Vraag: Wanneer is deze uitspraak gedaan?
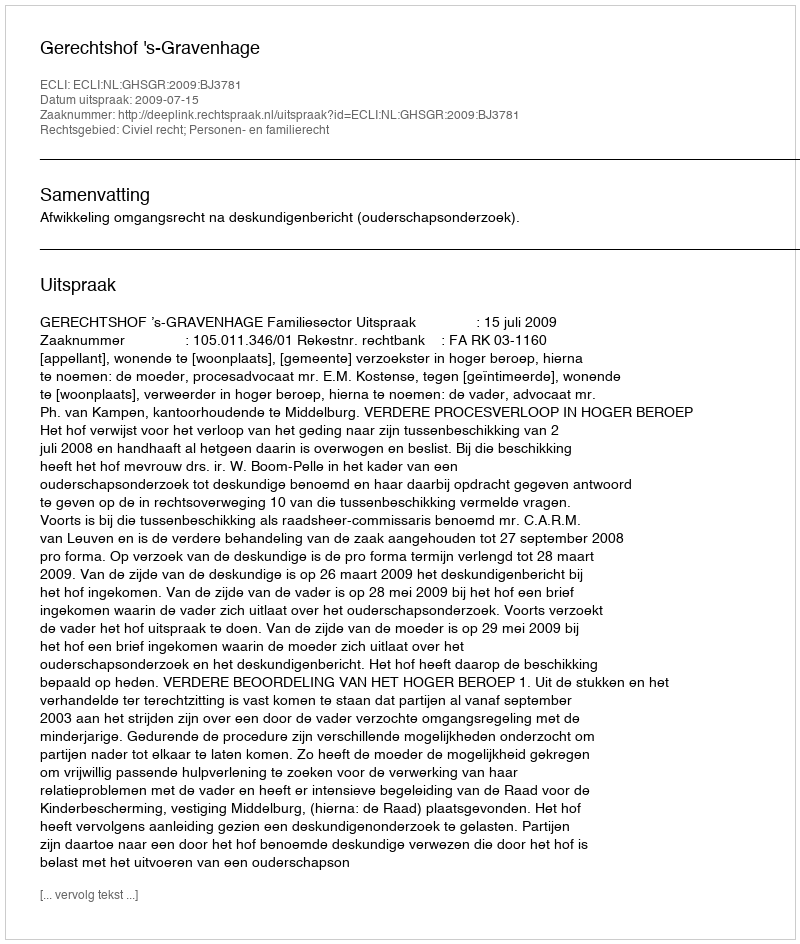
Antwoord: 2009-07-15